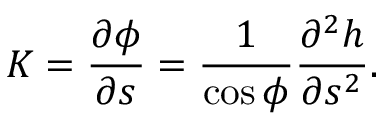
K = \frac { \partial \phi } { \partial s } = \frac { 1 } { \cos \phi } \frac { \partial ^ { 2 } h } { \partial s ^ { 2 } } .